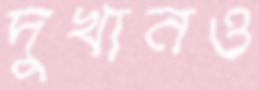
দুখানও